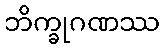
ဘိက္ခုဂဏဿ